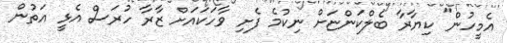
އެމީހުން" ކިޔާރާ ބެލްކަންޏަށް ނިކުމެ ފެށި ވާހަކައަށް ޒާރާ ހުރަސް އެޅީ އަތުން